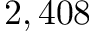
2 , 4 0 8